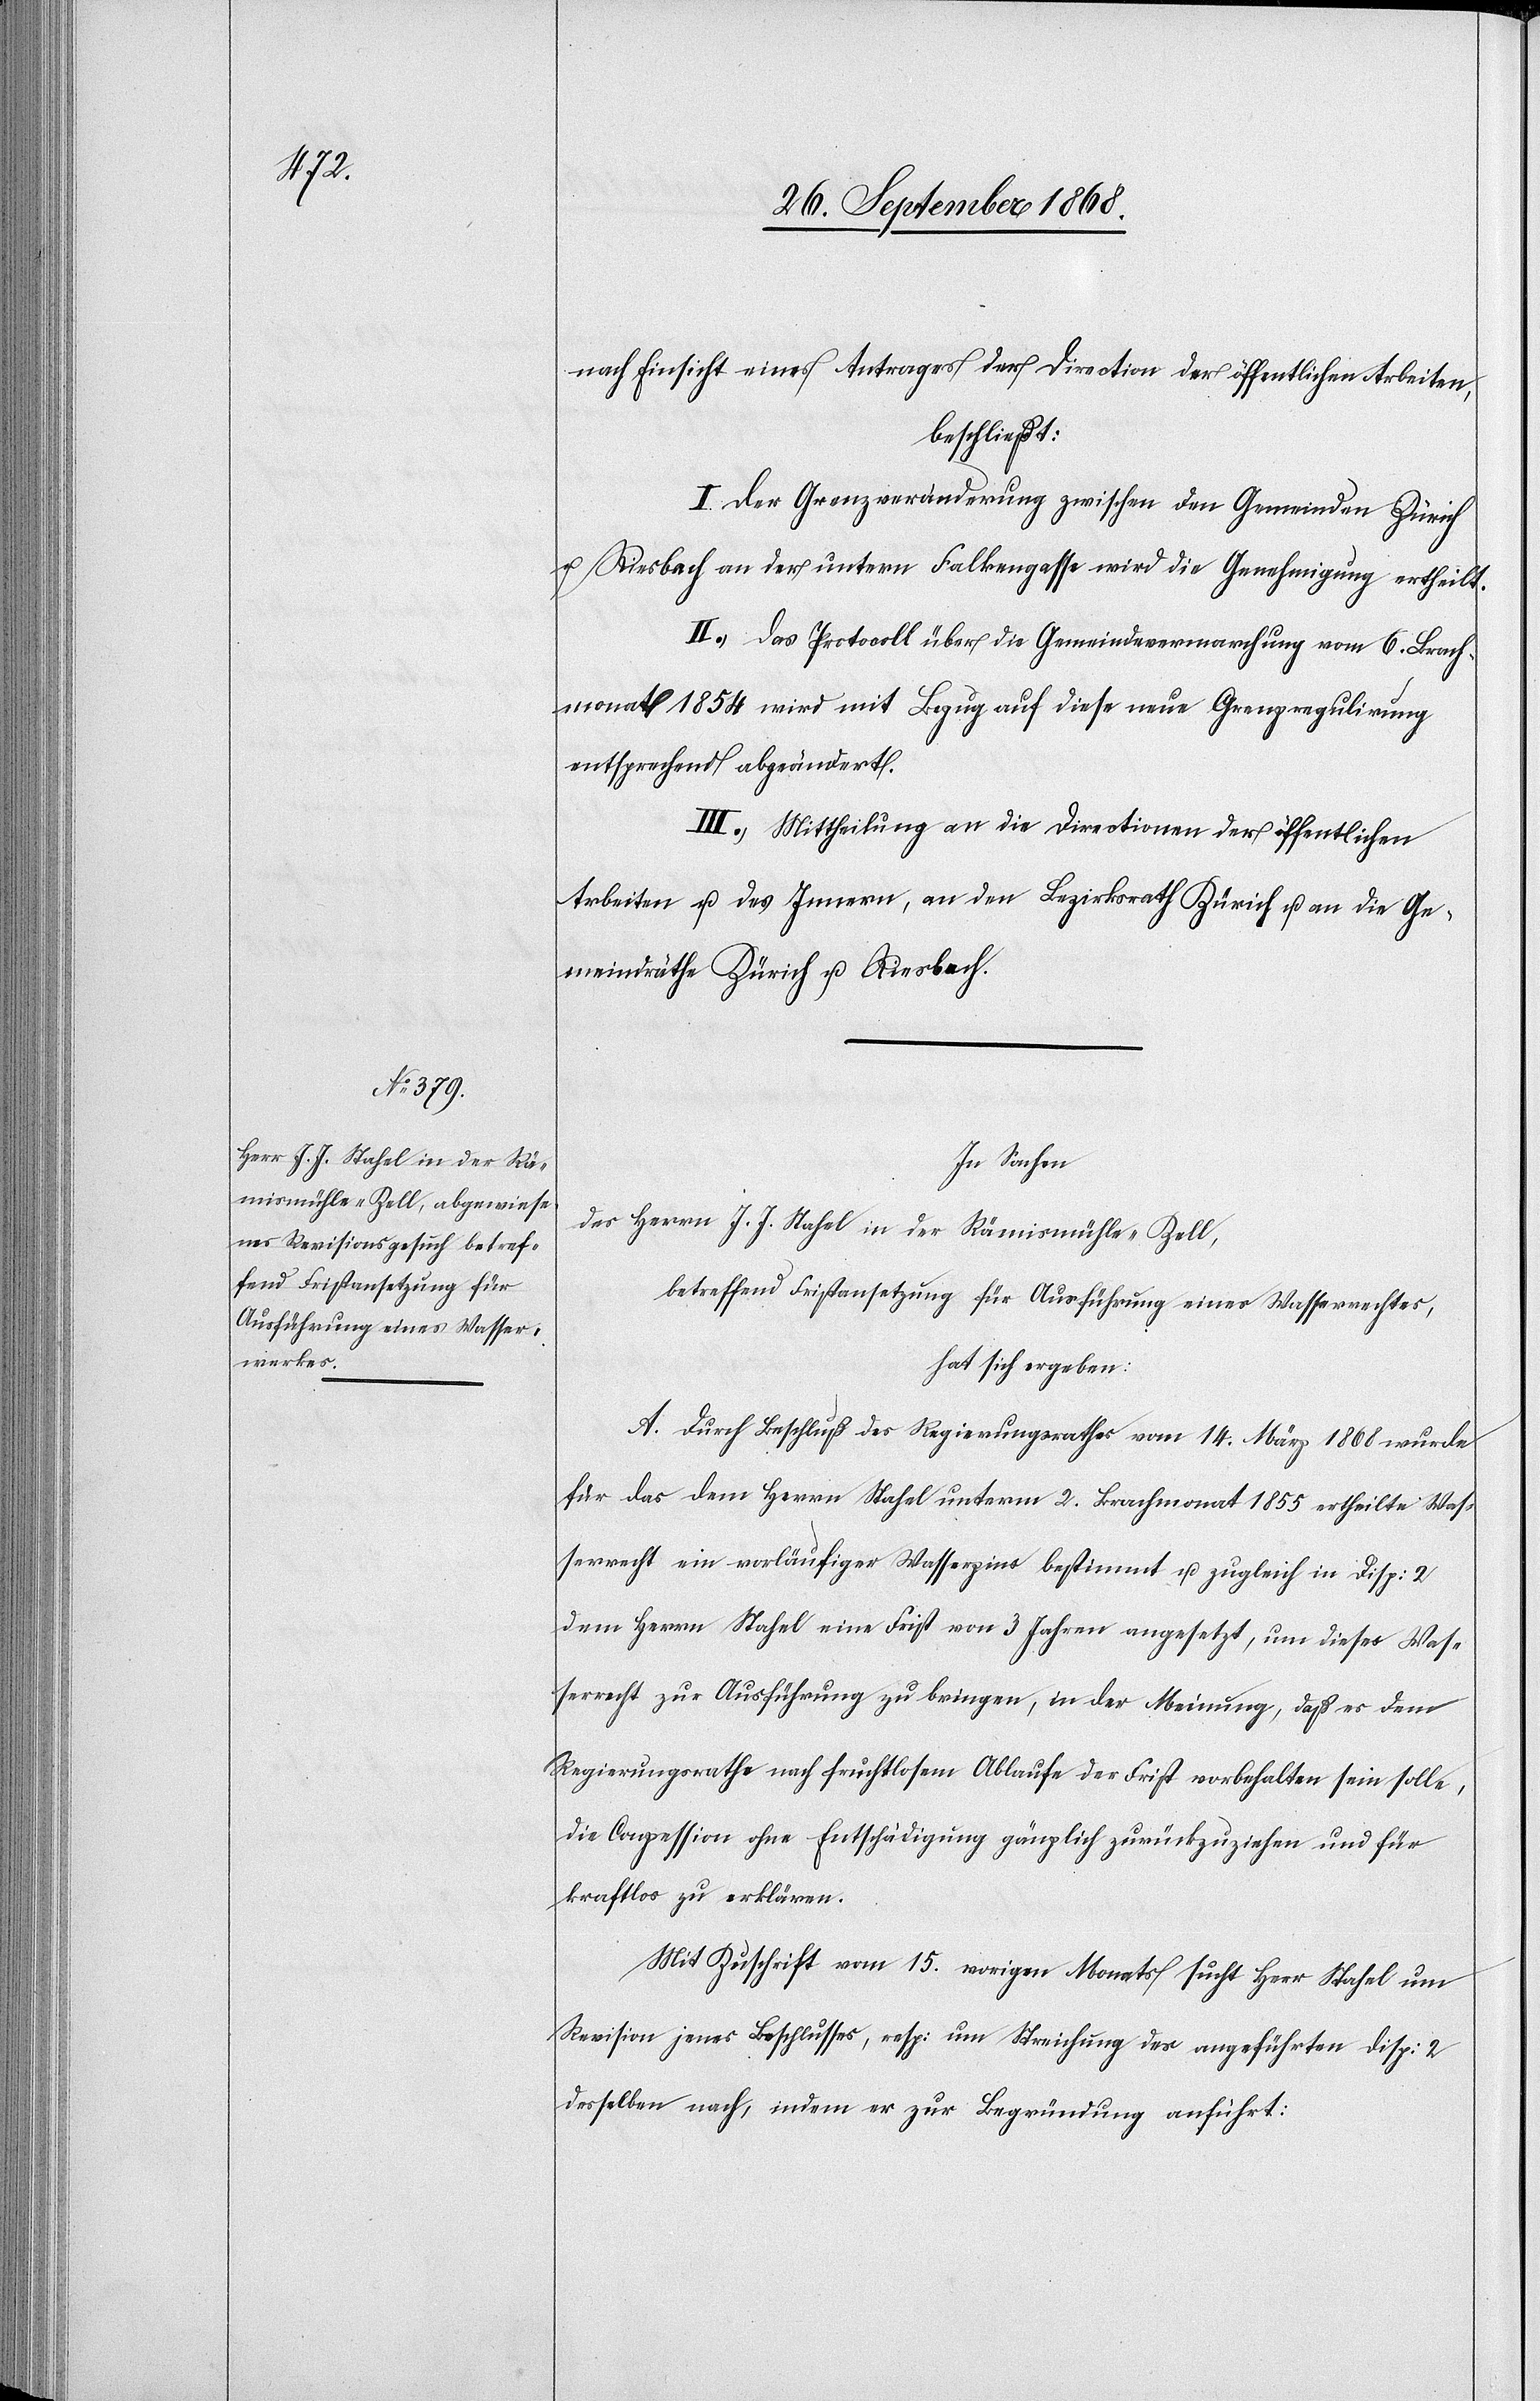
nach Einsicht eines Antrages der Direction der öffentlichen Arbeiten,
beschließt:
I. Der Grenzveränderung zwischen den Gemeinden Zürich
u. Riesbach an der untern Falkengasse wird die Genehmigung ertheilt.
II. Das Protocoll über die Gemeindevermarchung vom 6. Brach¬
monat 1854 wird mit Bezug auf diese neue Grenzregulirung
entsprechend abgeändert.
III. Mittheilung an die Directionen der öffentlichen
Arbeiten u. des Innern, an den Bezirksrath Zürich u. an die Ge¬
meindräthe Zürich u. Riesbach.
In Sachen
des Herrn J. J. Stahel in der Rämismühle - Zell,
betreffend Fristansetzung für Ausführung eines Wasserrechtes,
hat sich ergeben:
A. Durch Beschluß des Regierungsrathes vom 14. März 1868 wurde
für das dem Herrn Stahel unterm 2. Brachmonat 1855 ertheilte Was¬
serrecht ein vorläufiger Wasserzins bestimmt u. zugleich in Disp: 2
dem Herrn Stahel eine Frist von 3 Jahren angesetzt, um dieses Was¬
serrecht zur Ausführung zu bringen, in der Meinung, daß es dem
Regierungsrathe nach fruchtlosem Ablaufe der Frist vorbehalten sein solle,
die Conzession ohne Entschädigung gänzlich zurückzuziehen und für
kraftlos zu erklären.
Mit Zuschrift vom 15. vorigen Monats sucht Herr Stahel um
Revision jenes Beschlusses, resp: um Streichung des angeführten Disp: 2
desselben nach, indem er zur Begründung anführt: